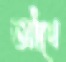
আঁখে